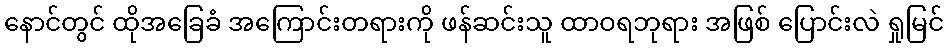
နောင်တွင် ထိုအခြေခံ အကြောင်းတရားကို ဖန်ဆင်းသူ ထာဝရဘုရား အဖြစ် ပြောင်းလဲ ရှုမြင်